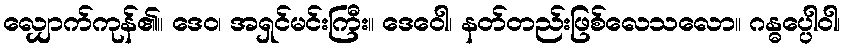
လျှောက်ကုန်၏။ ဒေဝ၊ အရှင်မင်းကြီး။ ဒေဝေါ၊ နတ်တည်းဖြစ်လေသလော။ ဂန္ဓပ္ပေါဝါ၊